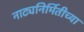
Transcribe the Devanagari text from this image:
नाट्यनिर्मितीच्या